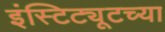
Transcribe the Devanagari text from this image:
इंस्टिट्यूटच्या